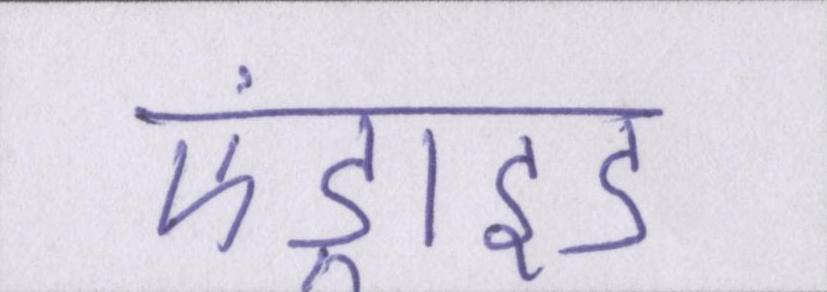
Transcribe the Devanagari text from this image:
एंड्राइड